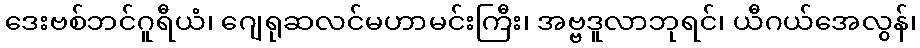
ဒေးဗစ်ဘင်ဂူရီယံ၊ ဂျေရုဆလင်မဟာမင်းကြီး၊ အဗ္ဗဒူလာဘုရင်၊ ယီဂယ်အေလွန်၊